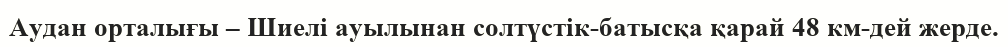
Аудан орталығы – Шиелі ауылынан солтүстік-батысқа қарай 48 км-дей жерде.